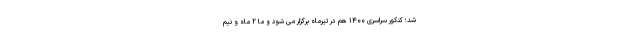
شد؛ کنکور سراسری ۱۴۰۰ هم در تیرماه برگزار می شود و ما ۲ ماه و نیم